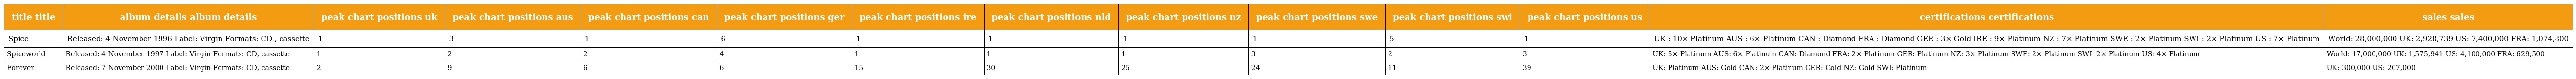
| title title | album details album details | peak chart positions uk | peak chart positions aus | peak chart positions can | peak chart positions ger | peak chart positions ire | peak chart positions nld | peak chart positions nz | peak chart positions swe | peak chart positions swi | peak chart positions us | certifications certifications | sales sales |
 | --- | --- | --- | --- | --- | --- | --- | --- | --- | --- | --- | --- | --- | --- |
 | Spice | Released: 4 November 1996 Label: Virgin Formats: CD , cassette | 1 | 3 | 1 | 6 | 1 | 1 | 1 | 1 | 5 | 1 | UK : 10× Platinum AUS : 6× Platinum CAN : Diamond FRA : Diamond GER : 3× Gold IRE : 9× Platinum NZ : 7× Platinum SWE : 2× Platinum SWI : 2× Platinum US : 7× Platinum | World: 28,000,000 UK: 2,928,739 US: 7,400,000 FRA: 1,074,800 |
 | Spiceworld | Released: 4 November 1997 Label: Virgin Formats: CD, cassette | 1 | 2 | 2 | 4 | 1 | 1 | 1 | 3 | 2 | 3 | UK: 5× Platinum AUS: 6× Platinum CAN: Diamond FRA: 2× Platinum GER: Platinum NZ: 3× Platinum SWE: 2× Platinum SWI: 2× Platinum US: 4× Platinum | World: 17,000,000 UK: 1,575,941 US: 4,100,000 FRA: 629,500 |
 | Forever | Released: 7 November 2000 Label: Virgin Formats: CD, cassette | 2 | 9 | 6 | 6 | 15 | 30 | 25 | 24 | 11 | 39 | UK: Platinum AUS: Gold CAN: 2× Platinum GER: Gold NZ: Gold SWI: Platinum | UK: 300,000 US: 207,000 |